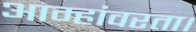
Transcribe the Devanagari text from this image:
आम्हांवरता।